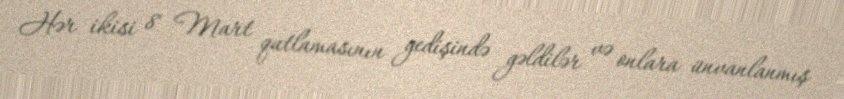
Hər ikisi 8 Mart qutlamasının gedişində gəldilər və onlara ünvanlanmış